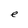
Character: e